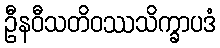
ဦနဝီသတိဝဿသိက္ခာပဒံ